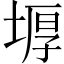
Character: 𡎋